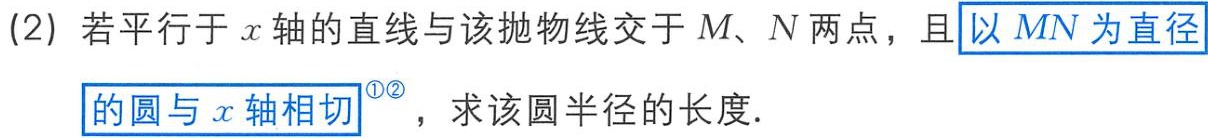
(2) 若平行于 \(x\) 轴的直线与该抛物线交于 \(M、N\) 两点，且以 \(MN\) 为直径的圆与 \(x\) 轴相切，求该圆半径的长度．